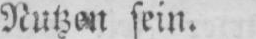
sein.